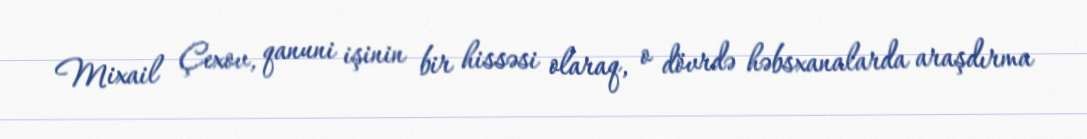
Mixail Çexov, qanuni işinin bir hissəsi olaraq, o dövrdə həbsxanalarda araşdırma